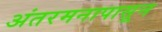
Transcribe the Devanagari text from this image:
अंतरमनापासून